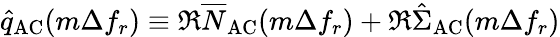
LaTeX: \hat{q}_{\mathrm{AC}}(m\Delta f_{r})\equiv\Re\overline{N}_{\mathrm{AC}}(m\Delta f_{r})+\Re\hat{\Sigma}_{\mathrm{AC}}(m\Delta f_{r})